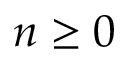
n \geq 0